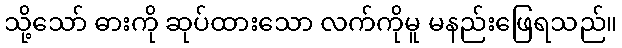
သို့သော် ဓားကို ဆုပ်ထားသော လက်ကိုမူ မနည်းဖြေရသည်။